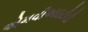
એમવીઆઇટીડી